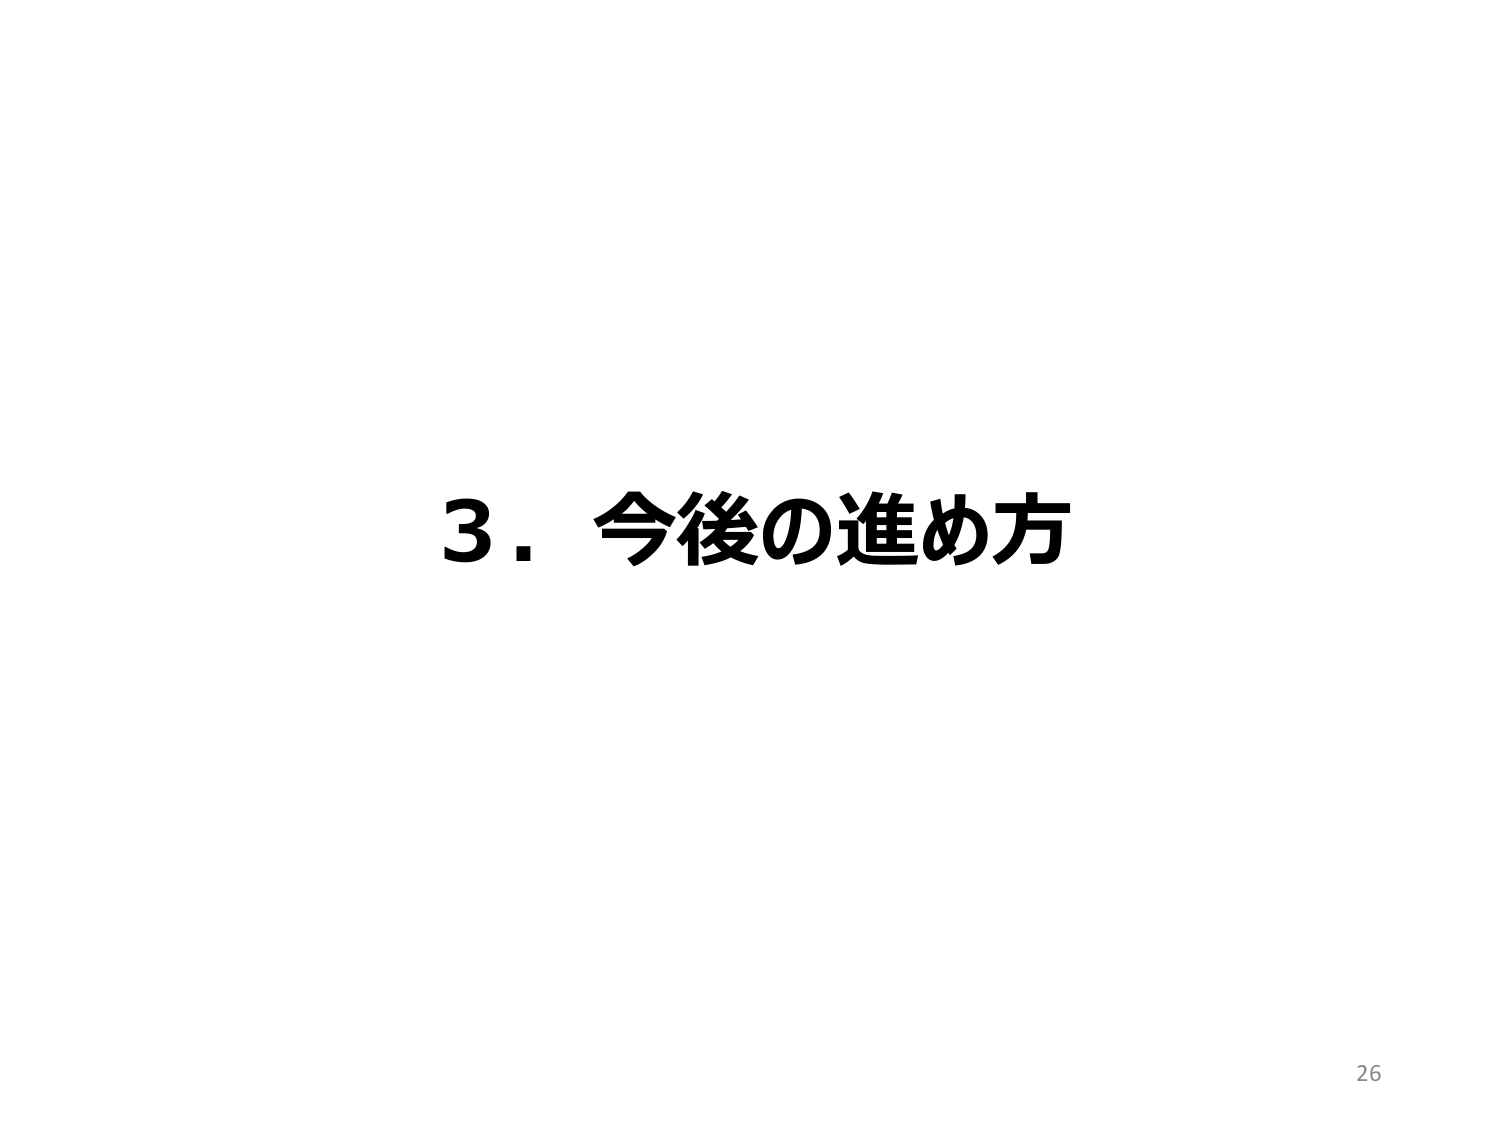
3．今後の進め方
26